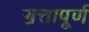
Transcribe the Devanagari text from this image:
सत्तापूर्ण